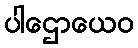
ပါဌောယေဝ